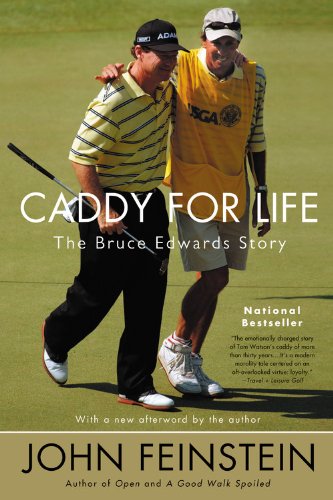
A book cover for Caddy for Life: The Bruce Edwards Story; John Feinstein; Biographies & Memoirs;